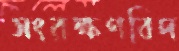
সংরক্ষণবিদ